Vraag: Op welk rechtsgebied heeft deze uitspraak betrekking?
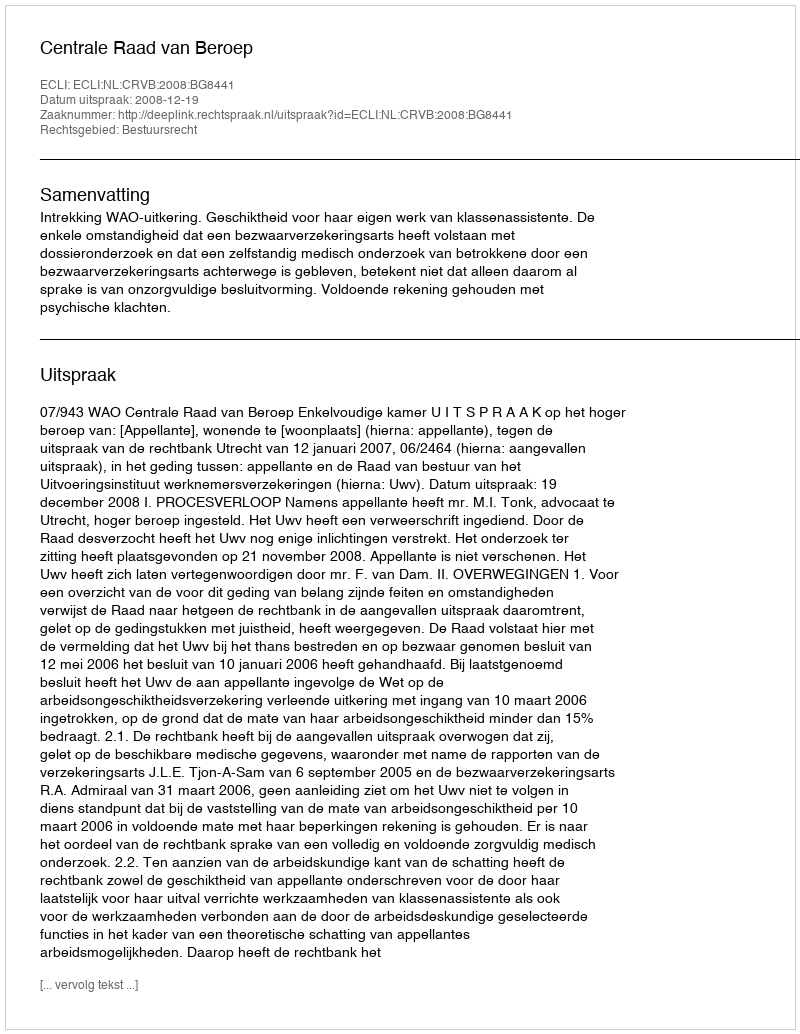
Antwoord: Bestuursrecht